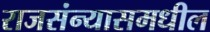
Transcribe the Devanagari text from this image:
राजसंन्यासमधील